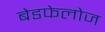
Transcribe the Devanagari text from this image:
बेडफेलोज